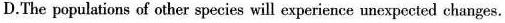
D.The populations of other species will experience unexpccted changes.